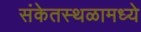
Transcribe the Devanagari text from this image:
संकेतस्थळामध्ये